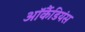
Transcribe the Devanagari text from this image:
ऑर्कैडियंस